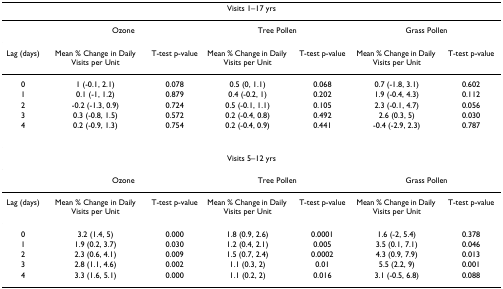
<table><thead><tr><td colspan="7"><b>Visits 1–17 yrs</b></td></tr></thead><tbody><tr><td></td><td colspan="2">Ozone</td><td colspan="2">Tree Pollen</td><td colspan="2">Grass Pollen</td></tr><tr><td>Lag (days)</td><td>Mean % Change in Daily Visits per Unit</td><td>T-test p-value</td><td>Mean % Change in Daily Visits per Unit</td><td>T-test p-value</td><td>Mean % Change in Daily Visits per Unit</td><td>T-test p-value</td></tr><tr><td>0</td><td>1 (-0.1, 2.1)</td><td>0.078</td><td>0.5 (0, 1.1)</td><td>0.068</td><td>0.7 (-1.8, 3.1)</td><td>0.602</td></tr><tr><td>1</td><td>0.1 (-1, 1.2)</td><td>0.879</td><td>0.4 (-0.2, 1)</td><td>0.202</td><td>1.9 (-0.4, 4.3)</td><td>0.112</td></tr><tr><td>2</td><td>-0.2 (-1.3, 0.9)</td><td>0.724</td><td>0.5 (-0.1, 1.1)</td><td>0.105</td><td>2.3 (-0.1, 4.7)</td><td>0.056</td></tr><tr><td>3</td><td>0.3 (-0.8, 1.5)</td><td>0.572</td><td>0.2 (-0.4, 0.8)</td><td>0.492</td><td>2.6 (0.3, 5)</td><td>0.030</td></tr><tr><td>4</td><td>0.2 (-0.9, 1.3)</td><td>0.754</td><td>0.2 (-0.4, 0.9)</td><td>0.441</td><td>-0.4 (-2.9, 2.3)</td><td>0.787</td></tr><tr><td colspan="7">Visits 5–12 yrs</td></tr><tr><td></td><td colspan="2">Ozone</td><td colspan="2">Tree Pollen</td><td colspan="2">Grass Pollen</td></tr><tr><td>Lag (days)</td><td>Mean % Change in Daily Visits per Unit</td><td>T-test p-value</td><td>Mean % Change in Daily Visits per Unit</td><td>T-test p-value</td><td>Mean % Change in Daily Visits per Unit</td><td>T-test p-value</td></tr><tr><td>0</td><td>3.2 (1.4, 5)</td><td>0.000</td><td>1.8 (0.9, 2.6)</td><td>0.0001</td><td>1.6 (-2, 5.4)</td><td>0.378</td></tr><tr><td>1</td><td>1.9 (0.2, 3.7)</td><td>0.030</td><td>1.2 (0.4, 2.1)</td><td>0.005</td><td>3.5 (0.1, 7.1)</td><td>0.046</td></tr><tr><td>2</td><td>2.3 (0.6, 4.1)</td><td>0.009</td><td>1.5 (0.7, 2.4)</td><td>0.0002</td><td>4.3 (0.9, 7.9)</td><td>0.013</td></tr><tr><td>3</td><td>2.8 (1.1, 4.6)</td><td>0.002</td><td>1.1 (0.3, 2)</td><td>0.01</td><td>5.5 (2.2, 9)</td><td>0.001</td></tr><tr><td>4</td><td>3.3 (1.6, 5.1)</td><td>0.000</td><td>1.1 (0.2, 2)</td><td>0.016</td><td>3.1 (-0.5, 6.8)</td><td>0.088</td></tr></tbody></table>